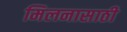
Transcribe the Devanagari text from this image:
मिलनासाठी